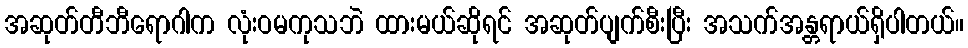
အဆုတ်တီဘီရောဂါက လုံးဝမကုသဘဲ ထားမယ်ဆိုရင် အဆုတ်ပျက်စီးပြီး အသက်အန္တရာယ်ရှိပါတယ်။